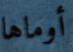
أوماها